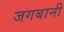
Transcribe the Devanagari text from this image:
जगबानी